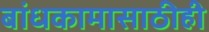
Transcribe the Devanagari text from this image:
बांधकामासाठीही